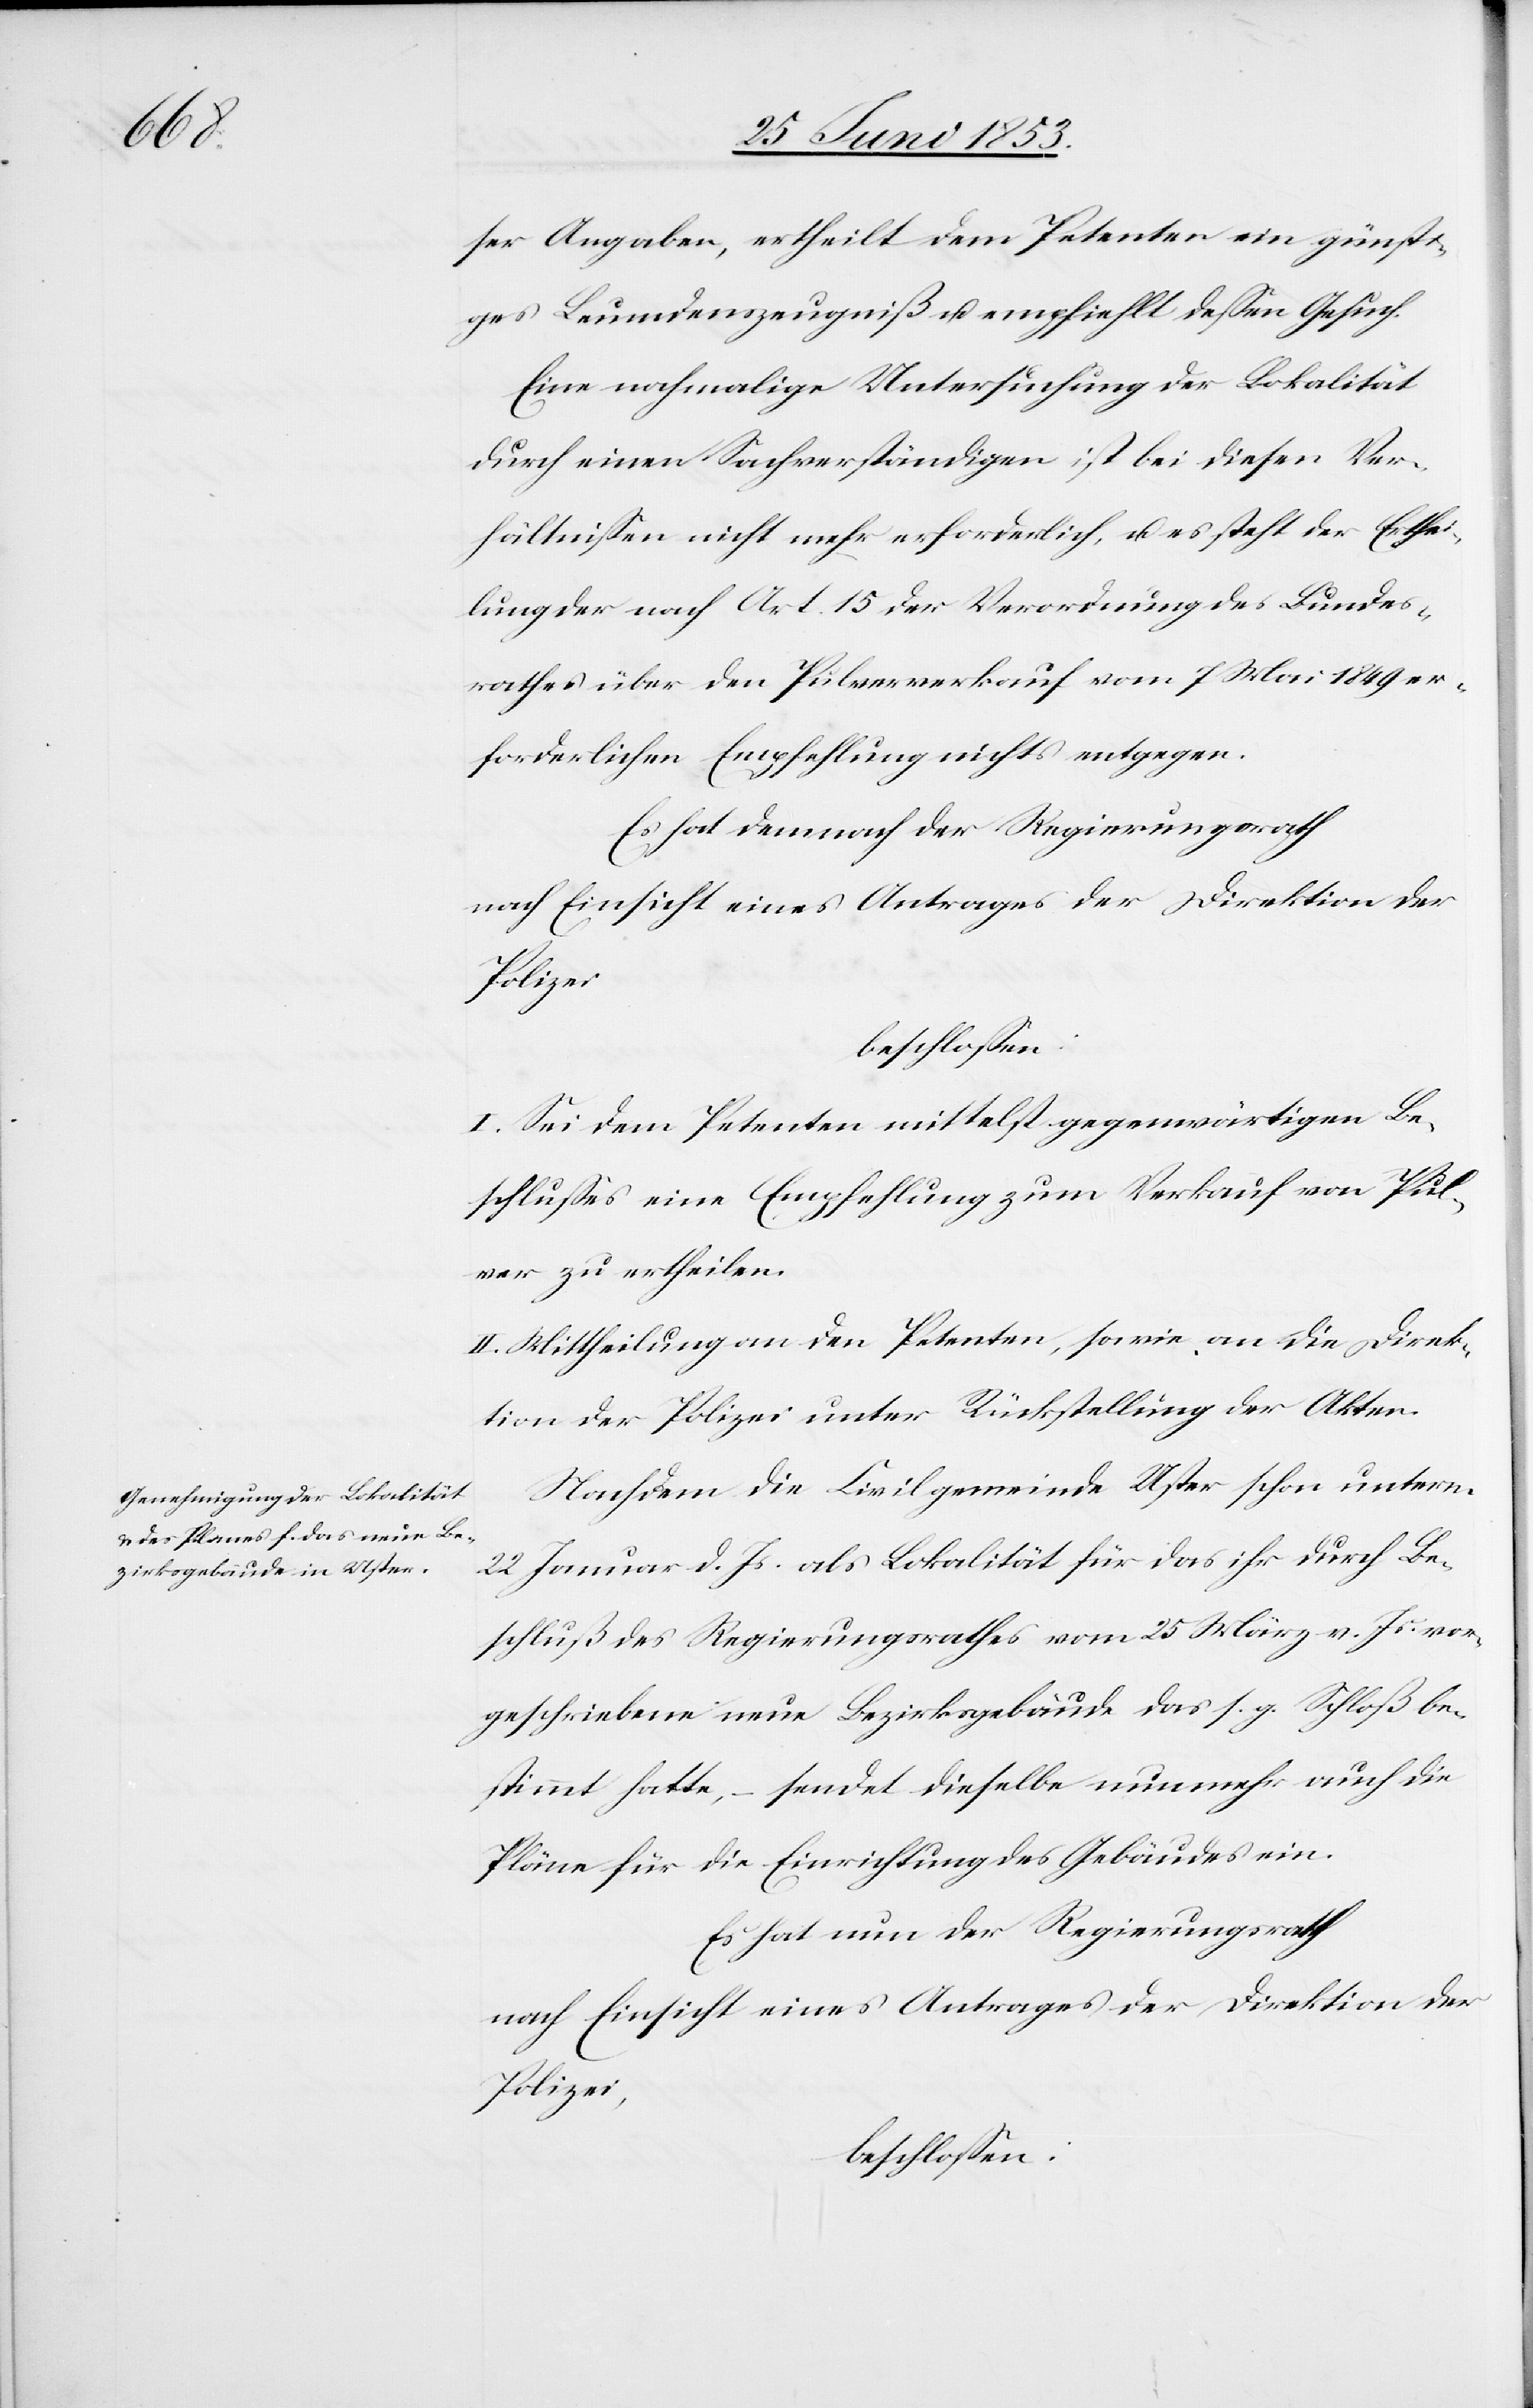
ser Angaben, ertheilt dem Petenten ein günsti¬
ges Leumdenszeugniß u. empfiehlt deßen Gesuch.
Eine nachmalige Untersuchung der Lokalität
durch einen Sachverständigen ist bei diesen Ver¬
hältnißen nicht mehr erforderlich, u. es steht der Erthei¬
lung nach Art. 15 der Verordnung des Bundes¬
rathes über den Pulververkauf vom 7 Mai 1849 er¬
forderlichen Empfehlung nichts entgegen.
Es hat demnach der Regierungsrath
nach Einsicht eines Antrages der Direktion der
Polizei
I. Sei dem Petenten mittelst gegenwärtigen Be¬
schlußes eine Empfehlung zum Verkauf von Pul¬
ver zu ertheilen.
II. Mittheilung an den Petenten, sowie an die Direk¬
tion der Polizei unter Rückstellung der Akten.
Nachdem die Civilgemeinde Uster schon unterm
22 Januar d. Js. als Lokalität für das ihr durch Be¬
schluß des Regierungsrathes vom 25 März v. Js. vor¬
geschriebene neue Bezirksgebäude das s. g. Schloß be¬
stimmt hatte, – sendet dieselbe nunmehr auch die
Pläne für die Einrichtung des Gebäudes ein.
Es hat der Regierungsrath
nach Einsicht eines Antrages der Direktion der
Polizei,
beschloßen: